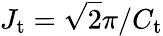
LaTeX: J_{\mathrm{t}}=\sqrt{2}\pi/C_{\mathrm{t}}